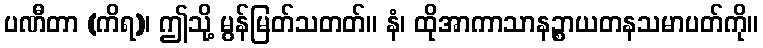
ပဏီတာ (ကိရ)၊ ဤသို့ မွန်မြတ်သတတ်။ နံ၊ ထိုအာကာသာနဉ္စာယတနသမာပတ်ကို။